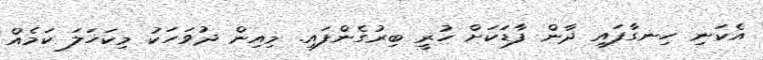
އެކަނި ހިނގާފައި ދާން ފާޑަކަށް ހުރީ ބިރުގެންފައި. މިއިން ދުވަހަކު މިކަހަލަ ކަމެއް